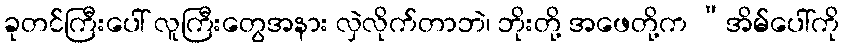
ခုတင်ကြီးပေါ် လူကြီးတွေအနား လှဲလိုက်တာဘဲ၊ ဘိုးတို့ အဖေတို့က “အိမ်ပေါ်ကို